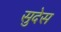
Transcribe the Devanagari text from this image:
सुदेस